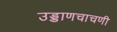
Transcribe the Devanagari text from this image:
उड्डाणचाचणी